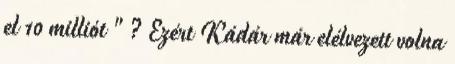
el 10 milliót " ? Ezért Kádár már elélvezett volna